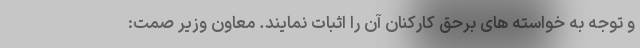
و توجه به خواسته های برحق کارکنان آن را اثبات نمایند. معاون وزیر صمت: